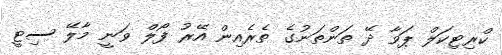
ކްރިޓިކަލް ޕަވާ ދޭ ތަންތަނުގެ ތެރެއިން އޭރު ފޯލް ވަނީ މާލޭ ސިޓީ